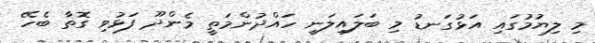
މި ލިޔުމުގައި އަޅުގަނޑު މި ބަލައިލަނީ ހައްދުންމަތީ މެންދޫ ފަޅުވި ގޮތާ ބެހޭ